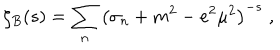
LaTeX: \zeta _ { B } ( s ) = \sum _ { n } \left( \sigma _ { n } + m ^ { 2 } - e ^ { 2 } \mu ^ { 2 } \right) ^ { - s } \; ,